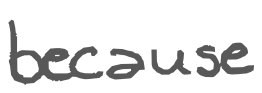
Text: because
Cross-out: clean
Writing tool: digital_gray